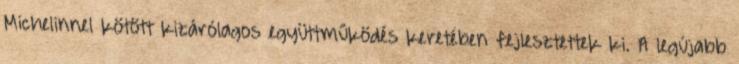
Michelinnel kötött kizárólagos együttműködés keretében fejlesztettek ki. A legújabb